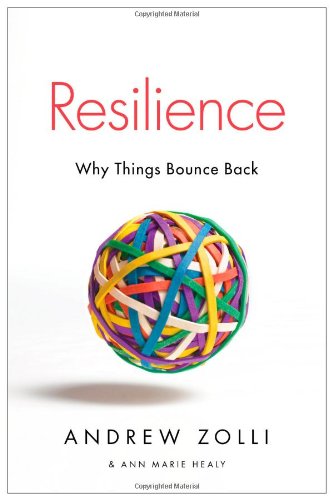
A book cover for Resilience: Why Things Bounce Back; Andrew Zolli; Science & Math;